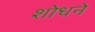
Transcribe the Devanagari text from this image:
शोधने